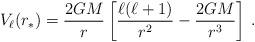
LaTeX: \begin{align*}V_{\ell} (r_*) = \frac{2GM}{r} \left [ \frac{\ell ( \ell + 1 ) }{r^2}- \frac{2GM}{r^3} \right ] \>.\end{align*}